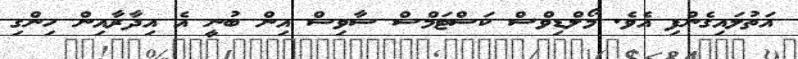
އަތުލައިގެންފި އެވެ. މޯލްޑިވްސް ކަސްޓަމްސް ސާވިސް އިން ބުނީ އެ އިދާރާއިން ހިންގި